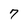
Character: 7